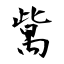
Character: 歶